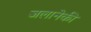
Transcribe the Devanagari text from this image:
जलानेकी